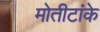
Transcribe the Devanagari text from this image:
मोतीटांके